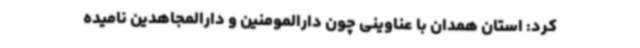
کرد: استان همدان با عناوینی چون دارالمومنین و دارالمجاهدین نامیده